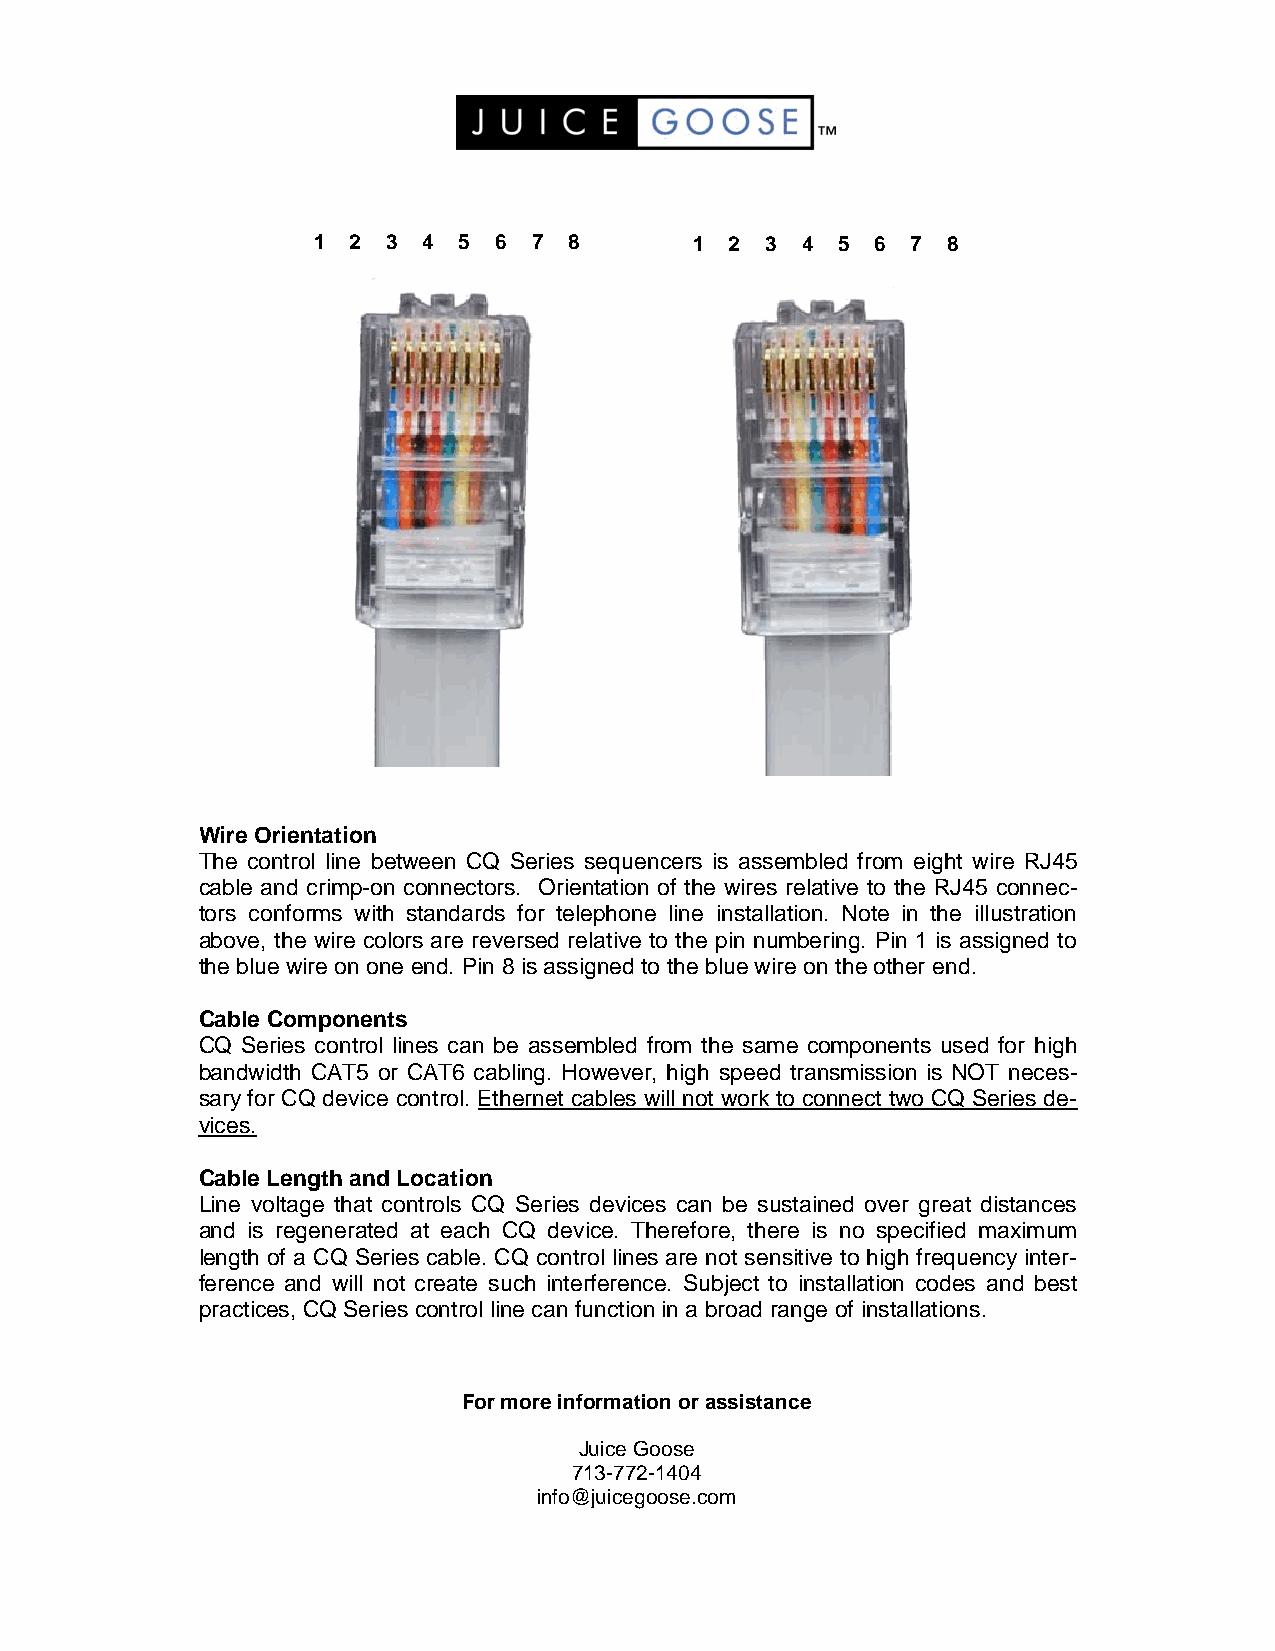
1 2  3 4 5  6 7  8       1 2  3 4 5  6 7  8
 Wire Orientation
 The control line between CQ Series sequencers is assembled from eight wire RJ45
 cable and crimp-on connectors. Orientation of the wires relative to the RJ45 connec-
 tors conforms with standards for telephone line installation. Note in the illustration
 above, the wire colors are reversed relative to the pin numbering. Pin 1 is assigned to
 the blue wire on one end. Pin 8 is assigned to the blue wire on the other end.
 Cable Components
 CQ Series control lines can be assembled from the same components used for high
 bandwidth CAT5 or CAT6 cabling. However, high speed transmission is NOT neces-
 sary for CQ device control. Ethernet cables will not work to connect two CQ Series de-
 vices.
 Cable Length and Location
 Line voltage that controls CQ Series devices can be sustained over great distances
 and is regenerated at each CQ device. Therefore, there is no specified maximum
 length of a CQ Series cable. CQ control lines are not sensitive to high frequency inter-
 ference and will not create such interference. Subject to installation codes and best
 practices, CQ Series control line can function in a broad range of installations.
 For more information or assistance
 Juice Goose
 713-772-1404
 info@juicegoose.com